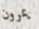
يمرون